Report on sanitation, dispensaries, and jails in Rajputana for 1913, and on vaccination for the year 1913-1914 - 1913-1914
Year: 1913
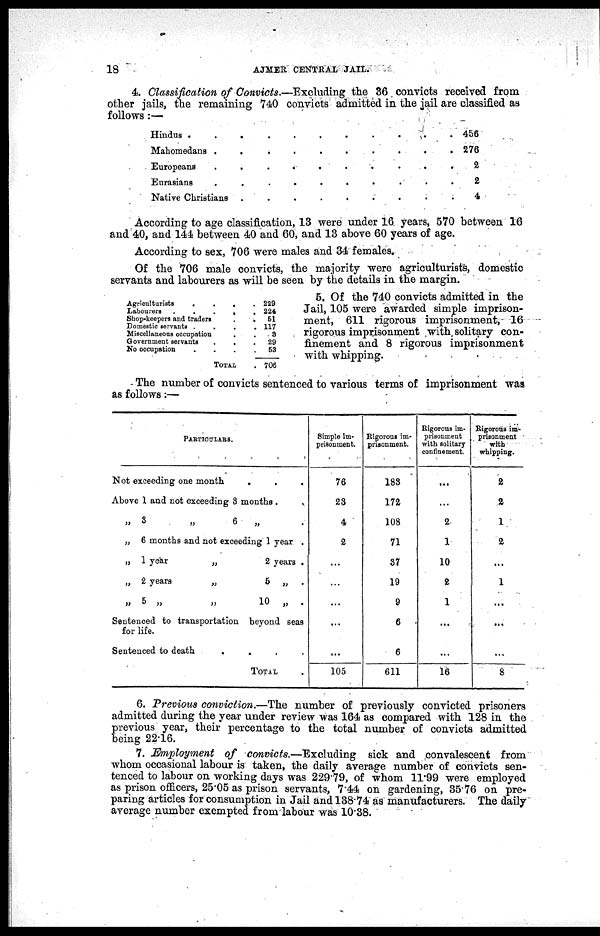
18
AJMER CENTRAL JAIL.
4. Classification of Convicts.—Excluding the 36 convicts received from
other jails, the remaining 740 convicts admitted in the jail are classified as
follows :—
Hindus . . . . . .
Mahomedans . . . . . .
Europeans . . . . . .
Eurasians
. . . . . .
Native Christians . . . . .
456
276
2
2
4
According to age classification, 13 were under 16 years, 570 between 16
and 40, and 144 between 40 and 60, and 13 above 60 years of age.
According to sex, 706 were males and 34 females.
Of the 706 male convicts, the majority were agriculturists, domestic
servants and labourers as will be seen by the details in the margin.
Agriculturists . . . . . .
Labourers
.
.
.
.
.
.
Shop-keepers and traders . . . .
Domestic servants . . . . . .
Miscellaneous occupation . . .
Government servants . . . .
No occupation
.
.
.
.
.
TOTAL .
229
224
51
117
3
29
53
706
5. Of the 740 convicts admitted in the
Jail, 105 were awarded simple imprison-
ment, 611 rigorous imprisonment, 16
rigorous imprisonment with solitary con-
finement and 8 rigorous imprisonment
with whipping.
The number of convicts sentenced to various terms of imprisonment was
as follows:—
PARTICTLARS.
Not exceeding one month . . .
Above 1 and not exceeding 3 months . . .
„ 3
„
6
„ .
„ 6 months and not exceeding 1 year .
„ 1 year
„
2 years .
„ 2 years
„
5 „ .
„
5
„
10
„
.
Sentenced to transportation beyond seas
for life.
Sentenced to death
.
.
.
.
.
TOTAL .
Simple im-
prisonment.
76
23
4
2
...
...
...
...
...
105
Rigorous im-
prisonment.
183
172
108
71
37
19
9
6
6
611
Rigorous im-
prisonment
with solitary
confinement.
...
...
2
1
10
2
1
...
...
16
Rigorous im-
prisonment
with
whipping.
2
2
1
2
...
1
...
...
...
8
6. Previous conviction.—The number of previously convicted prisoners
admitted during the year under review was 164 as compared with 128 in the
previous year, their percentage to the total number of convicts admitted
being 22.16.
7. Employment of convicts.—Excluding
sick and convalescent from
whom occasional labour is taken, the daily average number of convicts sen-
tenced to labour on working days was 229.79, of whom 11.99 were employed
as prison officers, 25.05 as prison servants, 7.44 on gardening, 35.76 on pre-
paring articles for consumption in Jail and 138.74 as manufacturers. The daily
average number exempted from labour was 10.38.